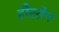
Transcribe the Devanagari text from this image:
हौस्तेन